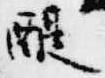
醍